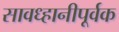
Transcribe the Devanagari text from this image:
सावध्हानीपूर्वक